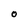
Character: O